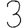
Digit: 3